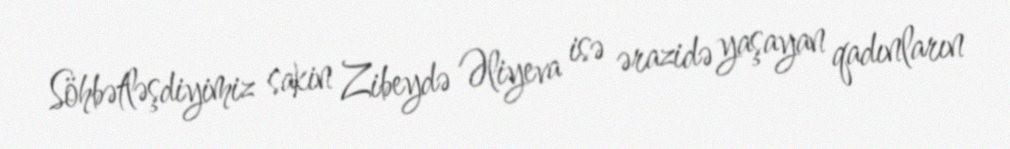
Söhbətləşdiyimiz sakin Zibeydə Əliyeva isə ərazidə yaşayan qadınların